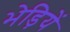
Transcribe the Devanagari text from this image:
भेड़ियें